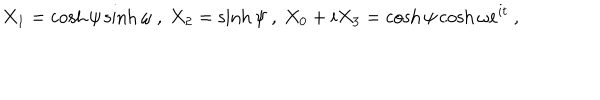
X _ { 1 } = \cosh \psi \sinh \omega ~ , ~ X _ { 2 } = \sinh \psi ~ , ~ X _ { 0 } + i X _ { 3 } = \cosh \psi \cosh \omega e ^ { i t } ~ ,